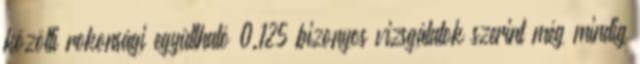
közötti rokonsági együttható 0.125 bizonyos vizsgálatok szerint még mindig